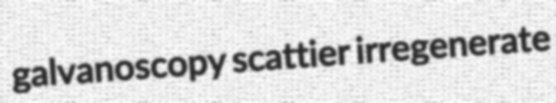
galvanoscopy scattier irregenerate